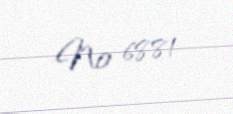
№ 6881